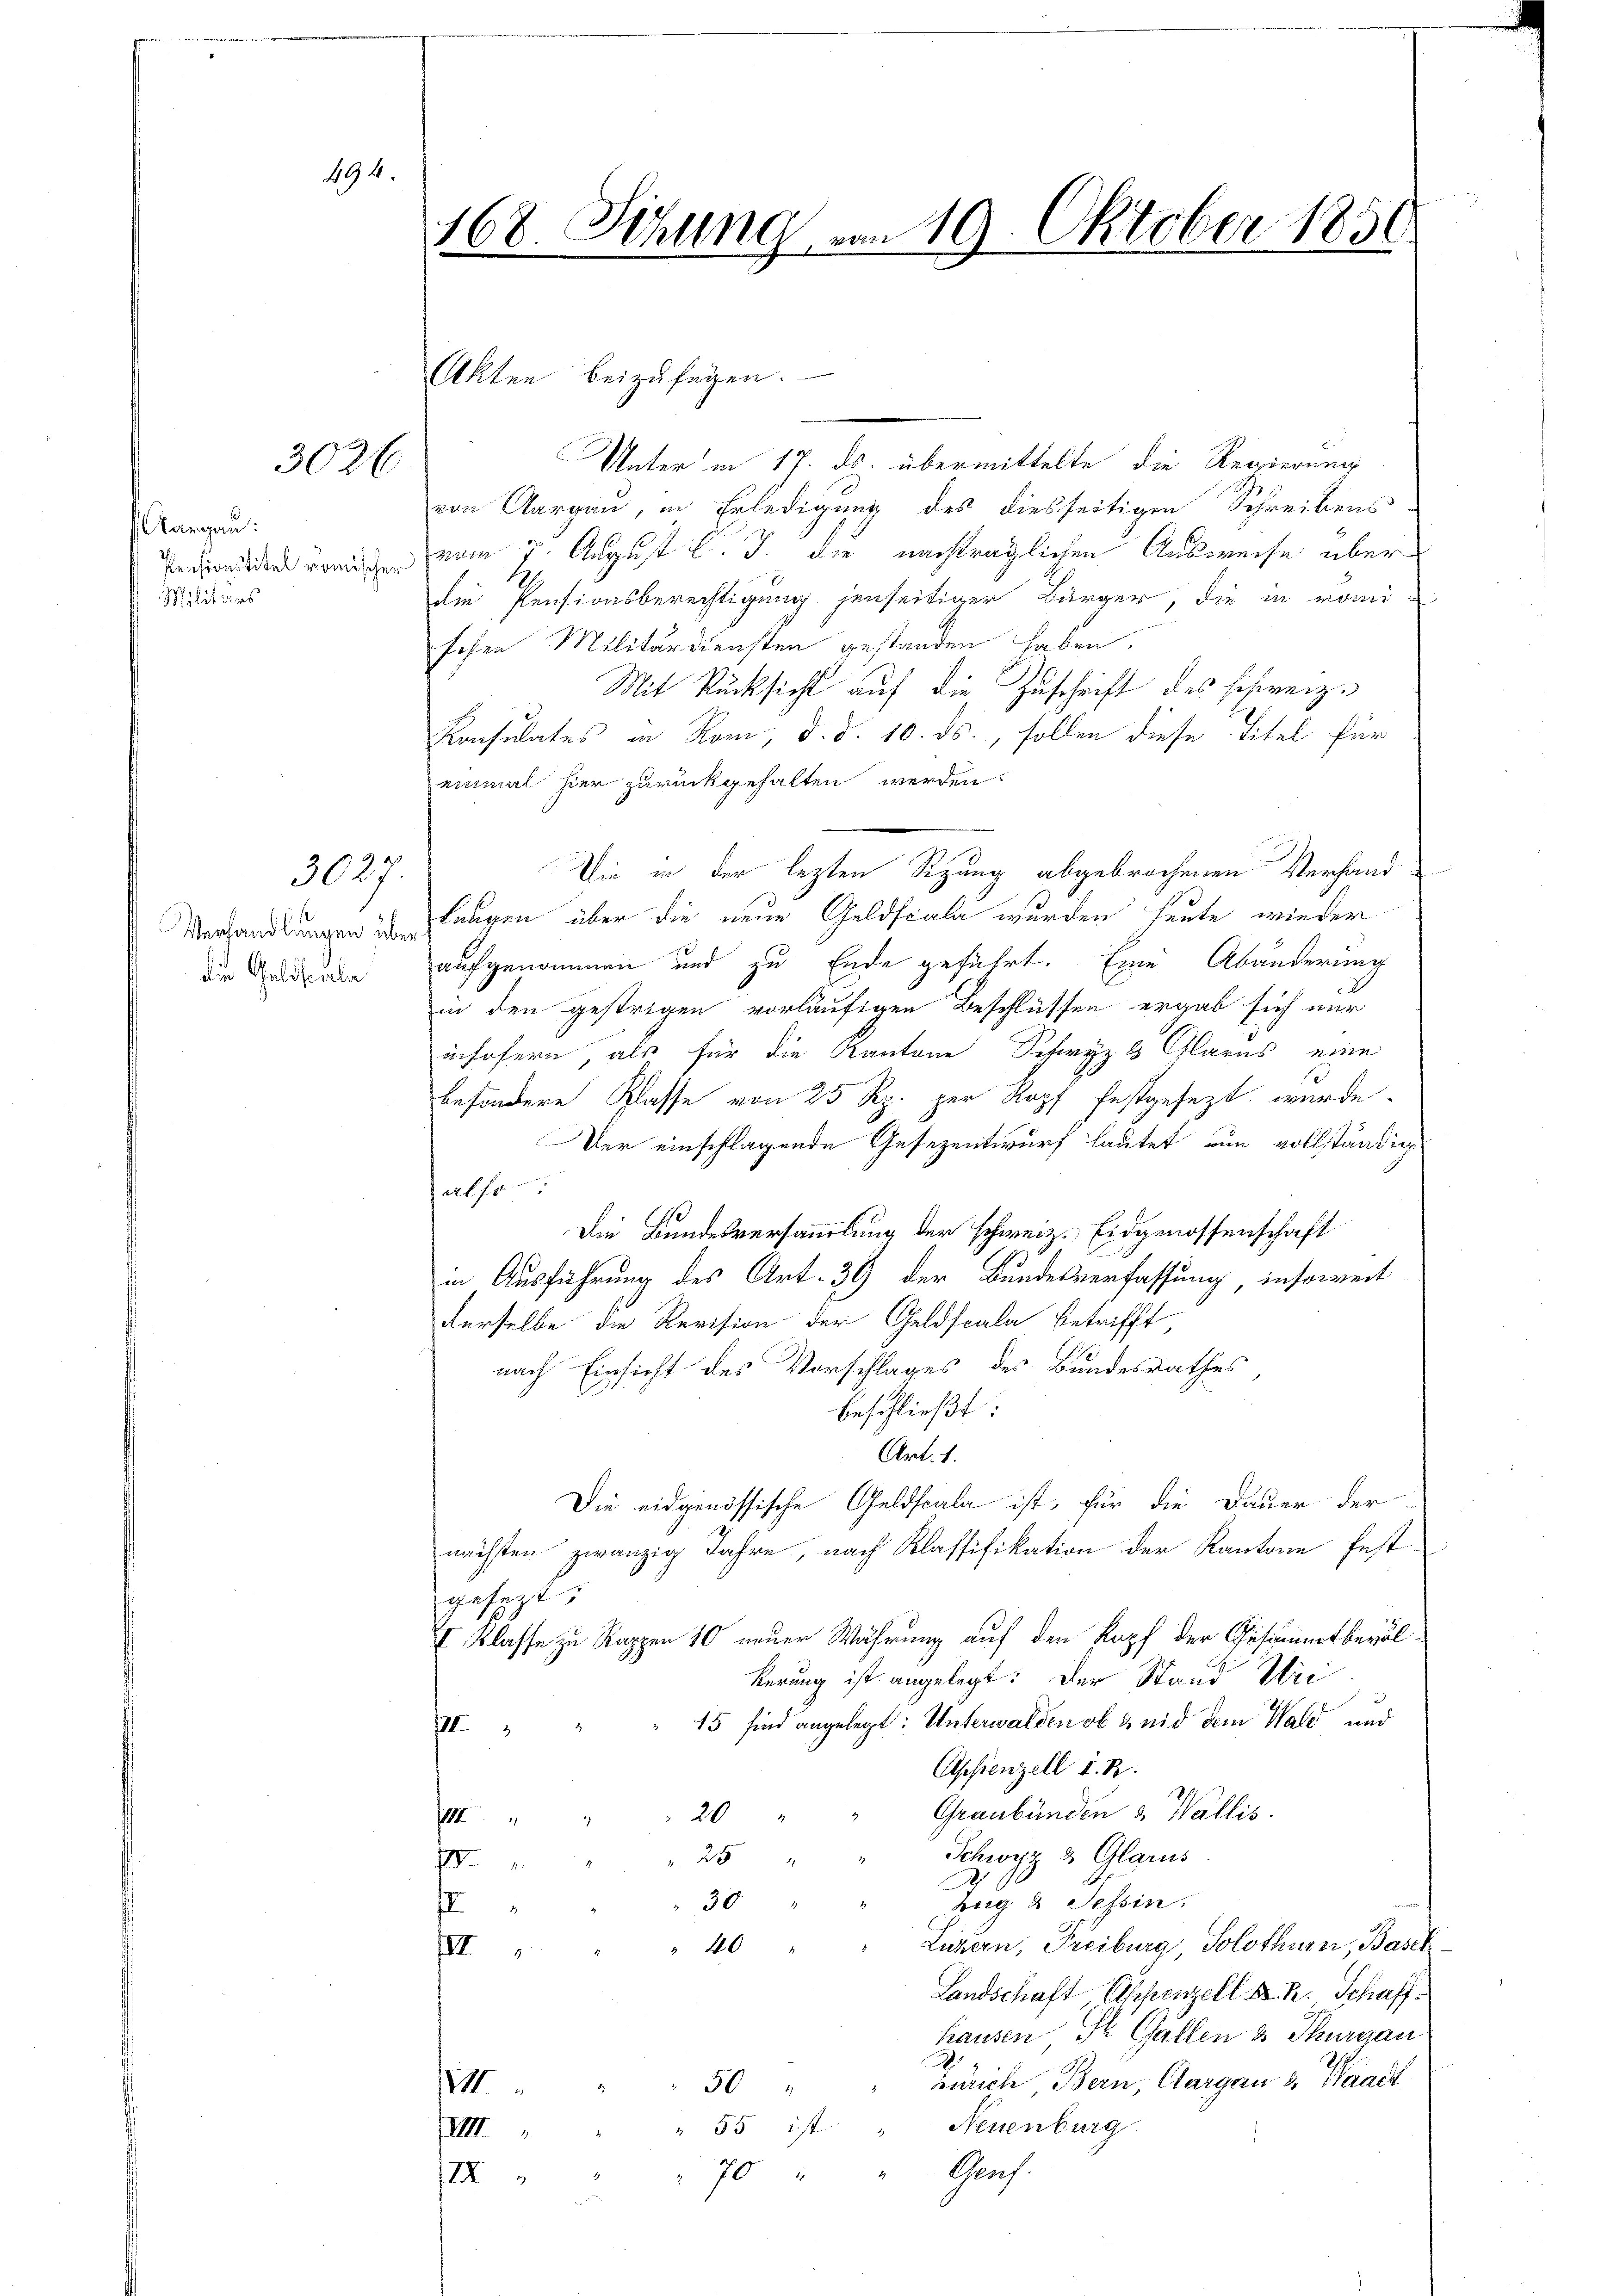
494.

3026.

Aargau:
Militärs

Verhandlungen über
die Geldscala

3024

68 Sizung vom 19. Oktober 1850
i

Unter in 17. ds. übermittelte die Regierung
von Aargau, in Erledigung des diesseitigen Schreibens
Penden von vom 7. August l. J. die nachträglichen Ausweise über
die Pensionsberechtigung jenseitiger Bürger, die in nomi
sehen Militärdiensten gestanden haben.
Mit Rücksicht auf die Zuschrift des schweiz.
Konsulates in Rom, d. d. 10. ds., sollen diese Titel für
einmal hier zurückgehalten werden.
Die in der lezten Sitzung abgebrochenen Verhandlangen über die neue Geldscala wurden heute wieder
aufgenommen und zu Ende geführt. Eine Abänderung
in den gestrigen vorläufigen Beschlüssen ergab sich nur
insofern, als für die Kantone Schwyz & Glarus eine
besondere Klasse von 25 Rp. zur Kopf festgesezt wurde.
Der einschlagende Gesezentwurf lautet nun vollständig
tatho
Die Bundesversammlung der schweiz. Eidgenossenschaft
in Ausführung des Art. 39 der Bundesverfassung, insoweit
derselbe die Revision der Geldscala betrifft
nach Einsicht des Vorschlages des Bundesrathes,
beschließt:
Art. 1.
Die eidgenössische Geldscala ist, für die Dauer der
nächsten zwanzig Jahre, nach Klassifikation der Kantone festgesezt.
I Klasse zu Rappen 10 neuer Wahrung auf den Kopf der Gesammtbevolkerung ist angelegt: Der Stand Uri
15 sind angelegt: Unterwalden ob & nid dem Wald und
III.
Appenzell I. R.
Graubünden & Wallis.
20
1
Schwyz & Glarus.
25
s
2
ung & Tessin.
30
II
Luzern, Freiburg, Solothurn, Basel
" 40
III
Landschaft Appenzell A. R. Schaffhausen St. Gallen & Thurgau
.
Zürich Bern, Clargau & Waadt
50
VIII.
Neuenburg
55 ist
XVIII
70 " " Genf.
III

Akten beizufügen.